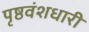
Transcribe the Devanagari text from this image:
पृष्ठवंशधारी